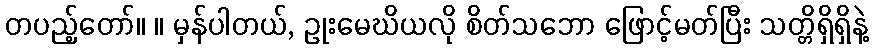
တပည့်တော်။ ။ မှန်ပါတယ်, ဥုးမေဃိယလို စိတ်သဘော ဖြောင့်မတ်ပြီး သတ္တိရှိရှိနဲ့